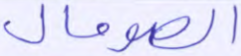
الصومال